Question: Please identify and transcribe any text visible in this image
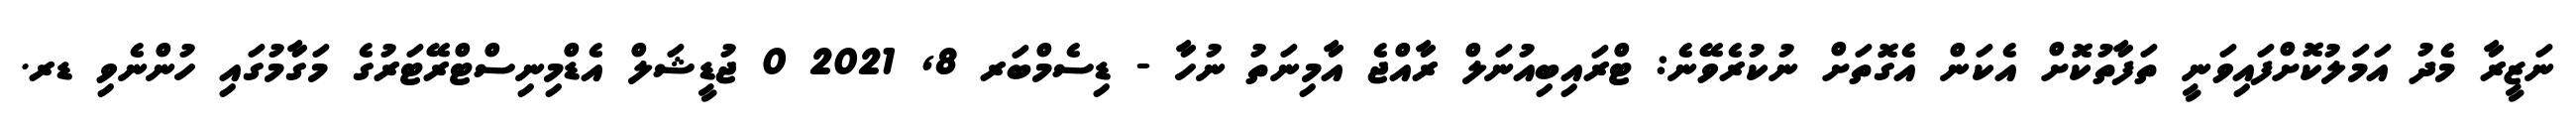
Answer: ނަޒީރާ މެދު އަމަލުކޮށްފައިވަނީ ތަފާތުކޮށް އެކަން އެގޮތަށް ނުކުރެވޭނެ: ޓްރައިބިއުނަލް ރާއްޖެ އާމިނަތު ނުހާ - ޑިސެމްބަރ 8, 2021 0 ޖުޑީޝަލް އެޑްމިނިސްޓްރޭޓަރުގެ މަގާމުގައި ހުންނެވި ޑރ.